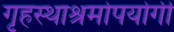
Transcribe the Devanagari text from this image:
गृहस्थाश्रमोपयोगी